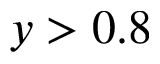
y > 0 . 8